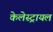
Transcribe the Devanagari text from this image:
केलेस्ट्रायल